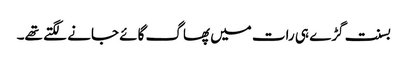
بسنت گڑے ہی رات میں پھاگ گائے جانے لگتے تھے۔